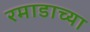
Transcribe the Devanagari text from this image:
रमाडाच्या